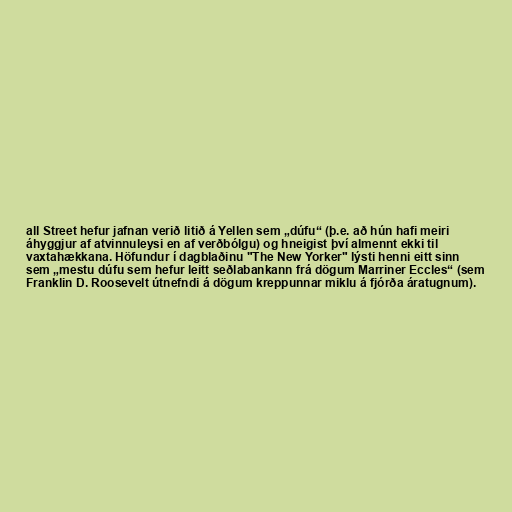
all Street hefur jafnan verið litið á Yellen sem „dúfu“ (þ.e. að hún hafi meiri
áhyggjur af atvinnuleysi en af verðbólgu) og hneigist því almennt ekki til
vaxtahækkana. Höfundur í dagblaðinu "The New Yorker" lýsti henni eitt sinn
sem „mestu dúfu sem hefur leitt seðlabankann frá dögum Marriner Eccles“ (sem
Franklin D. Roosevelt útnefndi á dögum kreppunnar miklu á fjórða áratugnum).